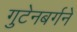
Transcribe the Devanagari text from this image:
गुटेनबर्गने